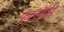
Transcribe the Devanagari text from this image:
फ़्लॉपी